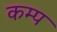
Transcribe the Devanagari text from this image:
कम्‍प